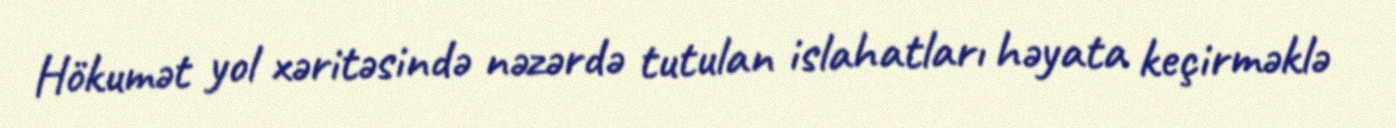
Hökumət yol xəritəsində nəzərdə tutulan islahatları həyata keçirməklə